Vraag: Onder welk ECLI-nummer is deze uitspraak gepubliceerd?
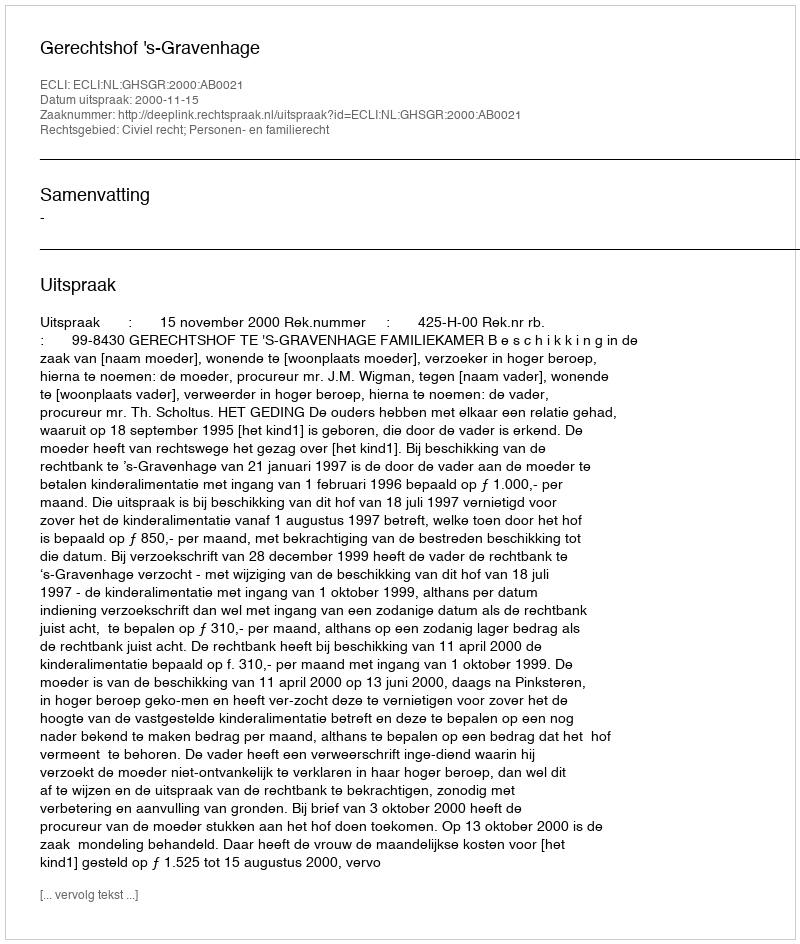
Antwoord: ECLI:NL:GHSGR:2000:AB0021